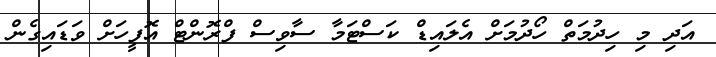
އަދި މި ހިދުމަތް ހޯދުމަށް އެލައިޑް ކަސްޓަމާ ސާވިސް ފްރޮންޓް އޮފީހަށް ވަޑައިގެން